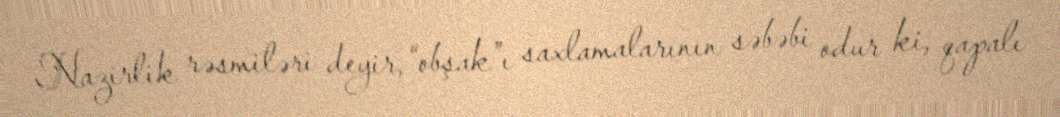
Nazirlik rəsmiləri deyir, “obşak”ı saxlamalarının səbəbi odur ki, qapalı